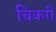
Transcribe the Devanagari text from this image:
चिकरी